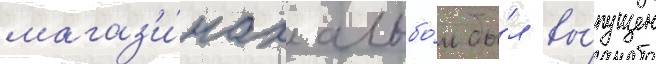
магаз'и́нах альбо́м бы́л вы́пущен